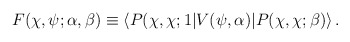
\begin{align*}F(\chi,\psi;\alpha,\beta)\equiv\langle P(\chi,\chi;1|V(\psi,\alpha)|P(\chi,\chi;\beta)\rangle\,.\end{align*}